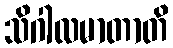
သိဂါလမာတာတိ